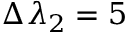
\Delta \lambda _ { 2 } = 5